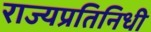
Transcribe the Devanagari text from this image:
राज्यप्रतिनिधी